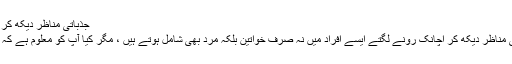
جذباتی مناظر دیکھ کر رونا صحت مندانہ عادت ہے، تحقیق
لاہور: کچھ لوگ ٹیلی ویژن پر جذباتی مناظر دیکھ کر اچانک رونے لگتے ایسے افراد میں نہ صرف خواتین بلکہ مرد بھی شامل ہوتے ہیں ، مگر کیا آپ کو معلوم ہے کہ یہ درحقیقت ایک فائدہ مند عادت ہے۔